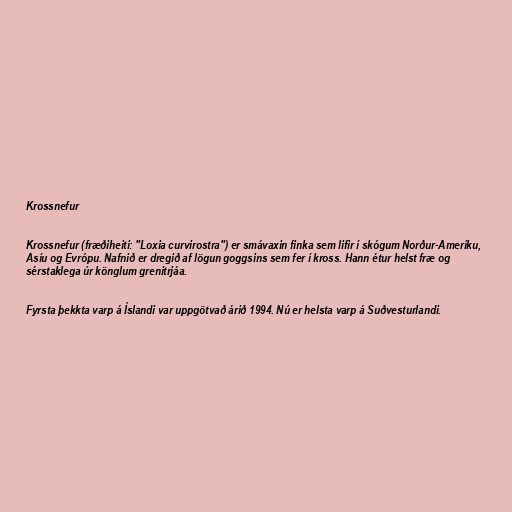
Krossnefur

Krossnefur (fræðiheiti: "Loxia curvirostra") er smávaxin finka sem lifir í skógum Norður-Ameríku,
Asíu og Evrópu. Nafnið er dregið af lögun goggsins sem fer í kross. Hann étur helst fræ og
sérstaklega úr könglum grenitrjáa.

Fyrsta þekkta varp á Íslandi var uppgötvað árið 1994. Nú er helsta varp á Suðvesturlandi.